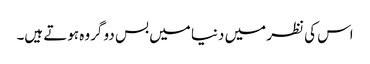
اس کی نظر میں دنیا میں بس دو گروہ ہوتے ہیں۔